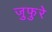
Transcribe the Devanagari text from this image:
जुफुरे